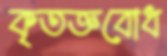
কৃতজ্ঞবোধ